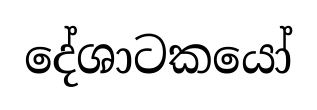
දේශාටකයෝ